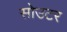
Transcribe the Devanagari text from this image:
सोउटर